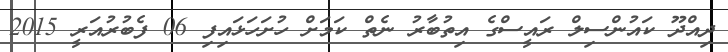
ދިއްދޫ ކައުންސިލް ރައީސްގެ އިތުބާރު ނެތް ކަމަށް ހުށަހަޅައިފި 06 ފެބުރުއަރީ 2015